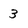
Character: 3